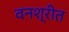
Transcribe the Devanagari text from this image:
वनश्रीत